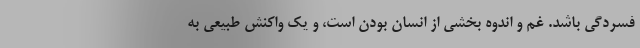
فسردگی باشد. غم و اندوه بخشی از انسان بودن است، و یک واکنش طبیعی به